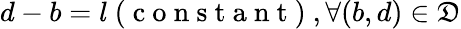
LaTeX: d-b=l\mathrm{~(~c~o~n~s~t~a~n~t~)~},\forall(b,d)\in\mathfrak{D}